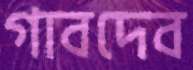
গাবদেব